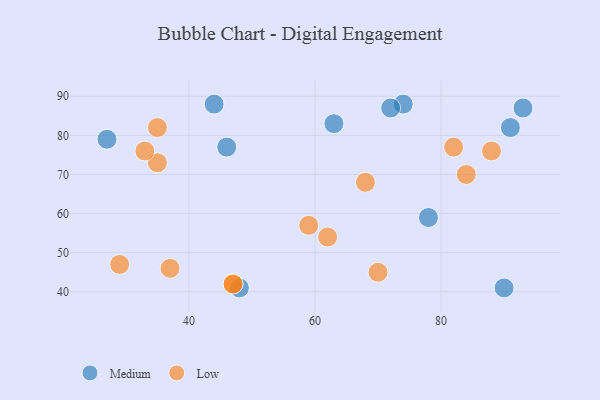
{"axis": {"x": "GDP", "y": "Life Expectancy"}, "legend": ["Low", "Medium"], "data": [{"x": "27", "y": 79, "type": "Medium"}, {"x": "74", "y": 88, "type": "Medium"}, {"x": "46", "y": 77, "type": "Medium"}, {"x": "93", "y": 87, "type": "Medium"}, {"x": "48", "y": 41, "type": "Medium"}, {"x": "44", "y": 88, "type": "Medium"}, {"x": "78", "y": 59, "type": "Medium"}, {"x": "63", "y": 83, "type": "Medium"}, {"x": "72", "y": 87, "type": "Medium"}, {"x": "90", "y": 41, "type": "Medium"}, {"x": "91", "y": 82, "type": "Medium"}, {"x": "82", "y": 77, "type": "Low"}, {"x": "47", "y": 42, "type": "Low"}, {"x": "35", "y": 73, "type": "Low"}, {"x": "62", "y": 54, "type": "Low"}, {"x": "35", "y": 82, "type": "Low"}, {"x": "70", "y": 45, "type": "Low"}, {"x": "68", "y": 68, "type": "Low"}, {"x": "88", "y": 76, "type": "Low"}, {"x": "37", "y": 46, "type": "Low"}, {"x": "33", "y": 76, "type": "Low"}, {"x": "29", "y": 47, "type": "Low"}, {"x": "47", "y": 42, "type": "Low"}, {"x": "59", "y": 57, "type": "Low"}, {"x": "84", "y": 70, "type": "Low"}]}